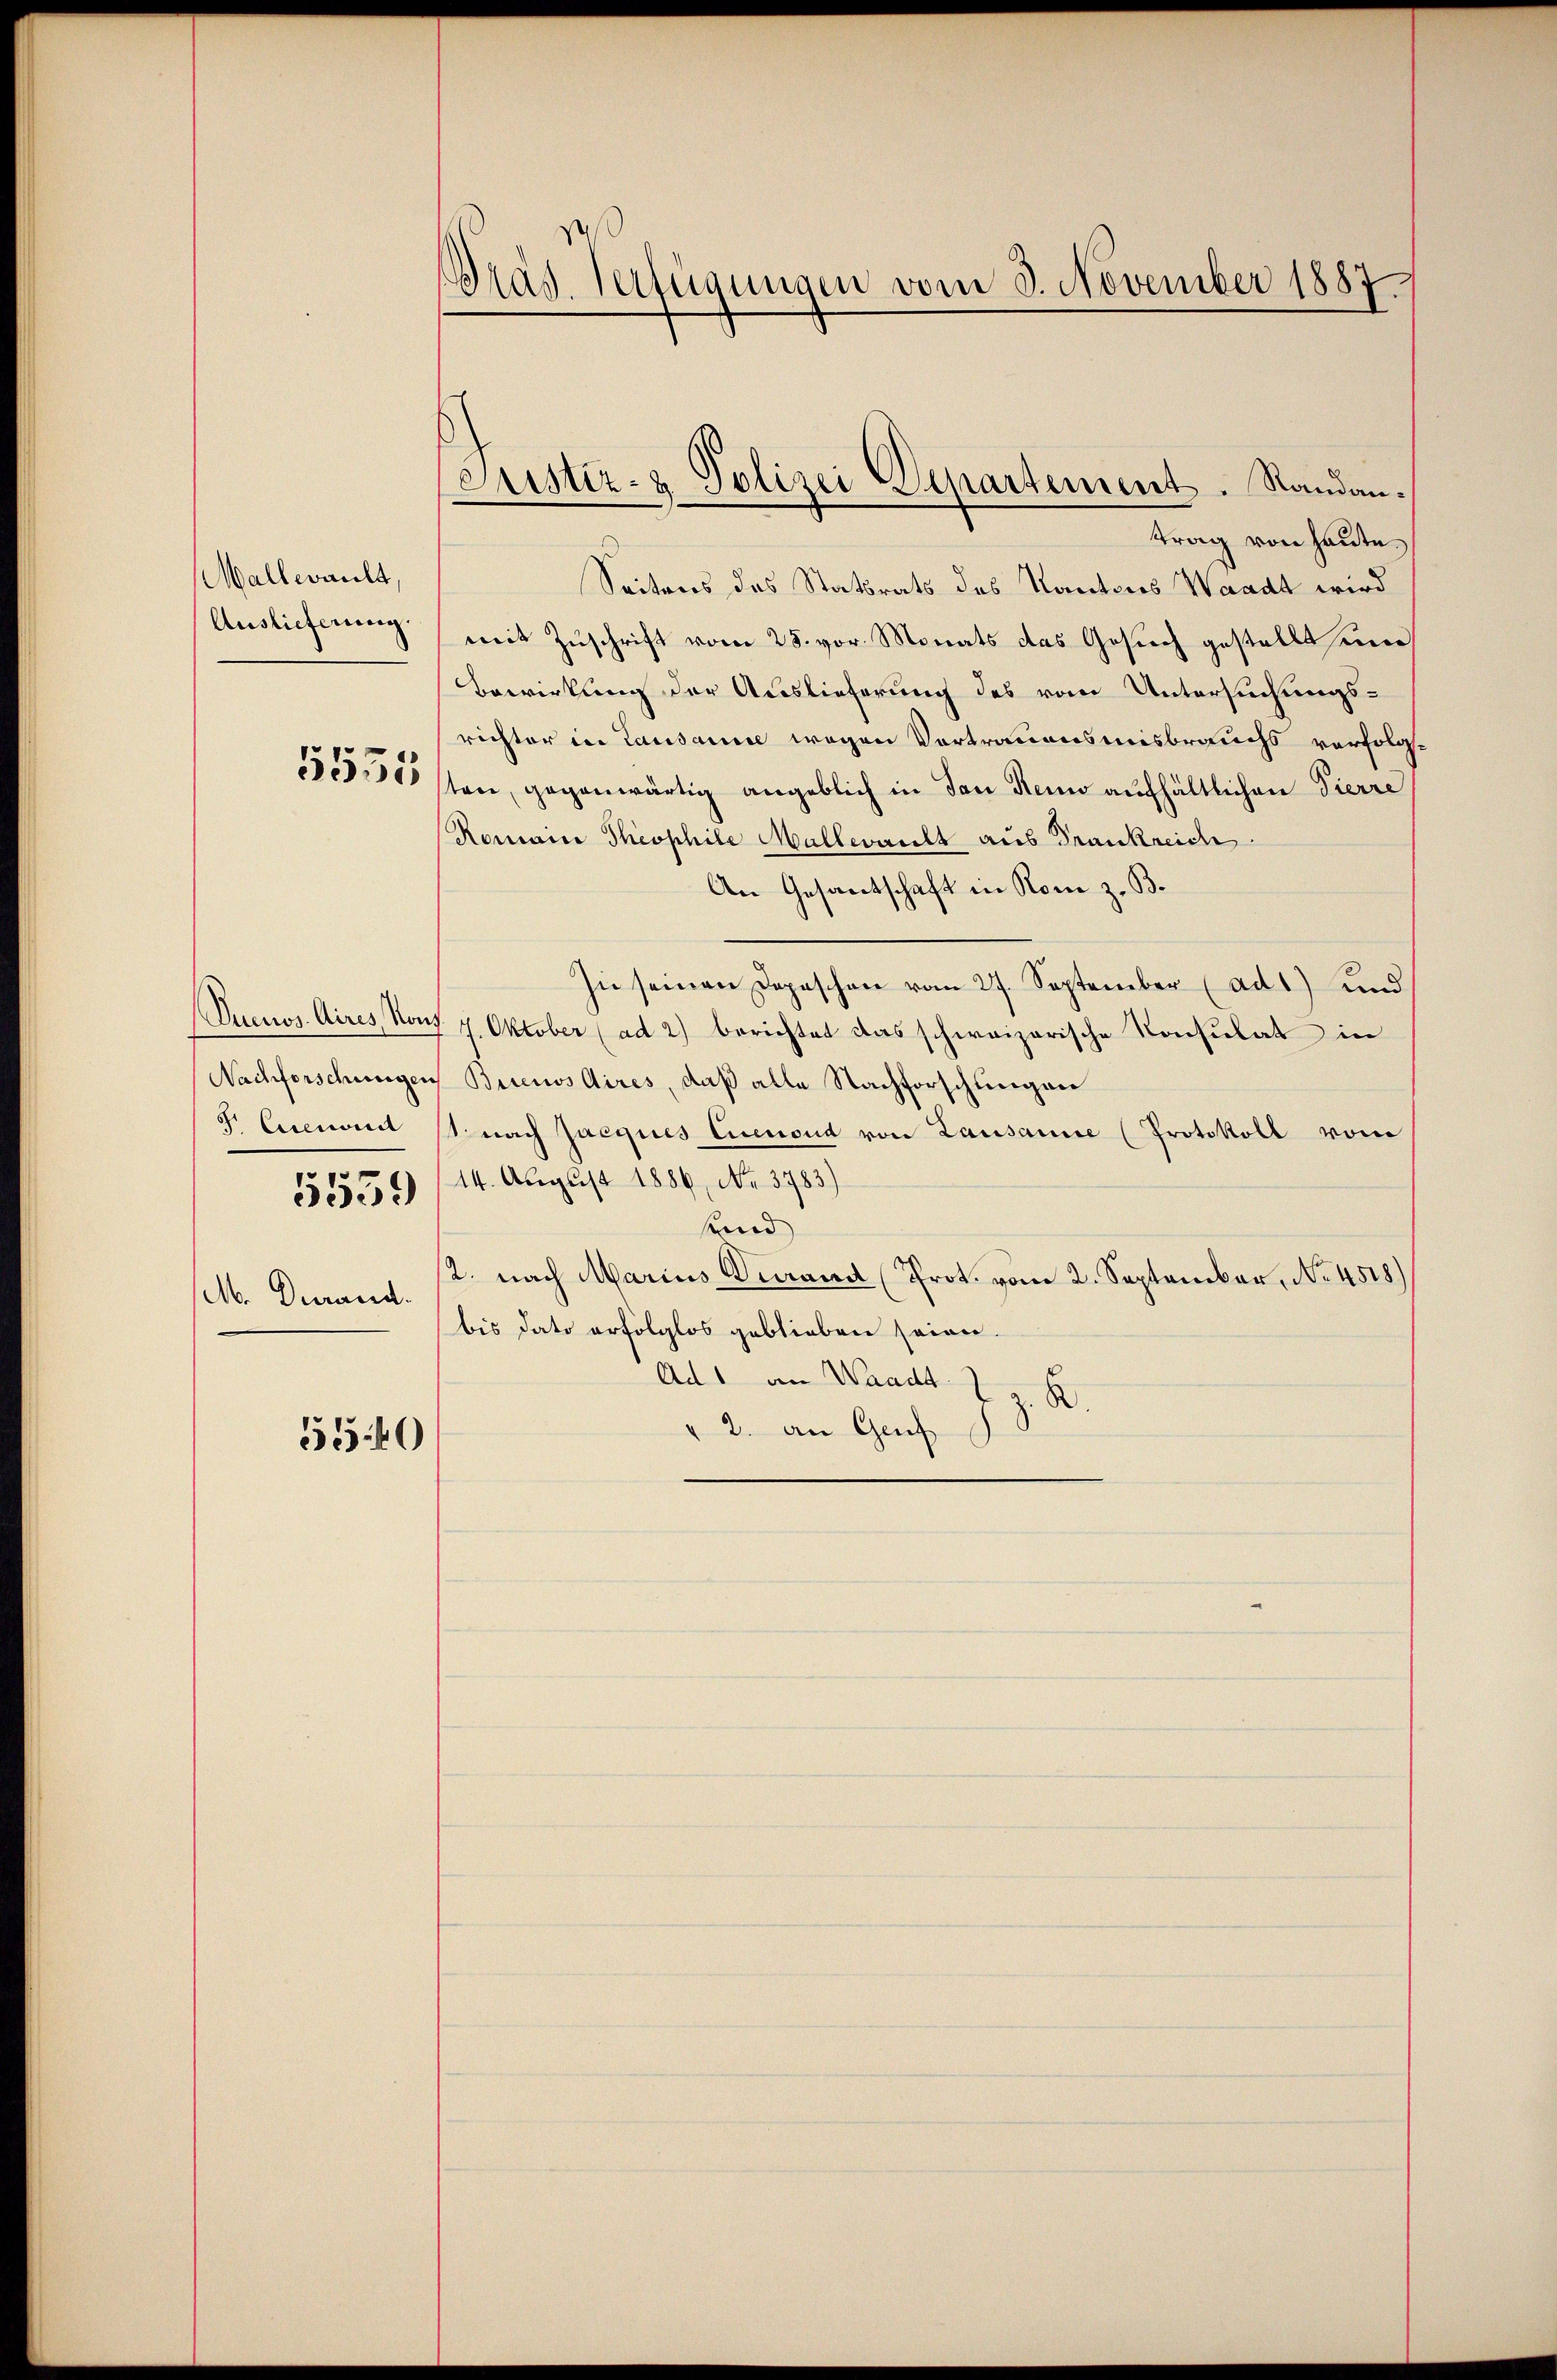
Mallwardt,
Auslieferung.

5535

5559

M. Derand.

5540

Pras Verfügungen vom 3. November 1887

Justiz- & Polizei Departement. Standantrag von heute.

Seitens des Statsrats des Kantons Waadt wird
mit Zuschrift vom 25. vor. Monats das Gesuch gestellt und
Bewirkung der Auslieferung des vom Untersuchungsrichter in Lausanne wegen Vertrauensmisbrauchs verfolgt
ten, gegenwärtig angeblich in den Rein aufhältlichen Pierre
Romain Theophile Mallwardt aus Frankreich
An Gesantschaft in Rom z. B.
In seinen Depeschen vom 27. September (ad 1) und
uenos Aires, Norf. 7. Oktober (ad 2) berichtet das schweizerische Konsulat in
Nachforschungen Buenos Aires, daß alle Nachforschlingen
8. Eisenorit (nach Jacques Cicenoud von Lausanne (Protokoll vom
14. August 1886, No. 3783)
sund
2. nach Marius Verand (Prot. vom 2. September, No. 4518.)
bis dato erfolglos geblieben seien.
Ad 1 an Waadt J z. K.
" 2. an Genf